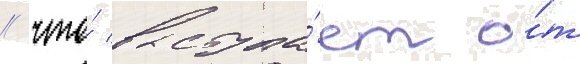
/ что́ выступа́ет о́т